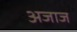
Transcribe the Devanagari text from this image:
अजाज